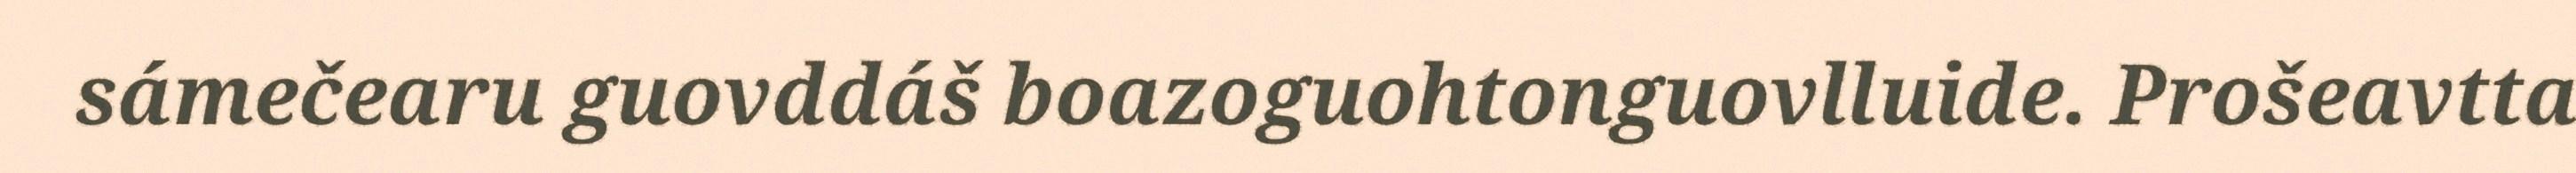
sámečearu guovddáš boazoguohtonguovlluide. Prošeavtta